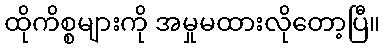
ထိုကိစ္စများကို အမှုမထားလိုတော့ပြီ။